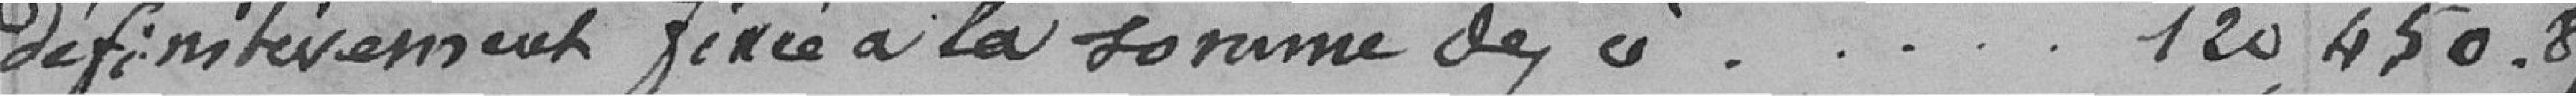
définitivement fixée à la somme de ci .......  120.450,87